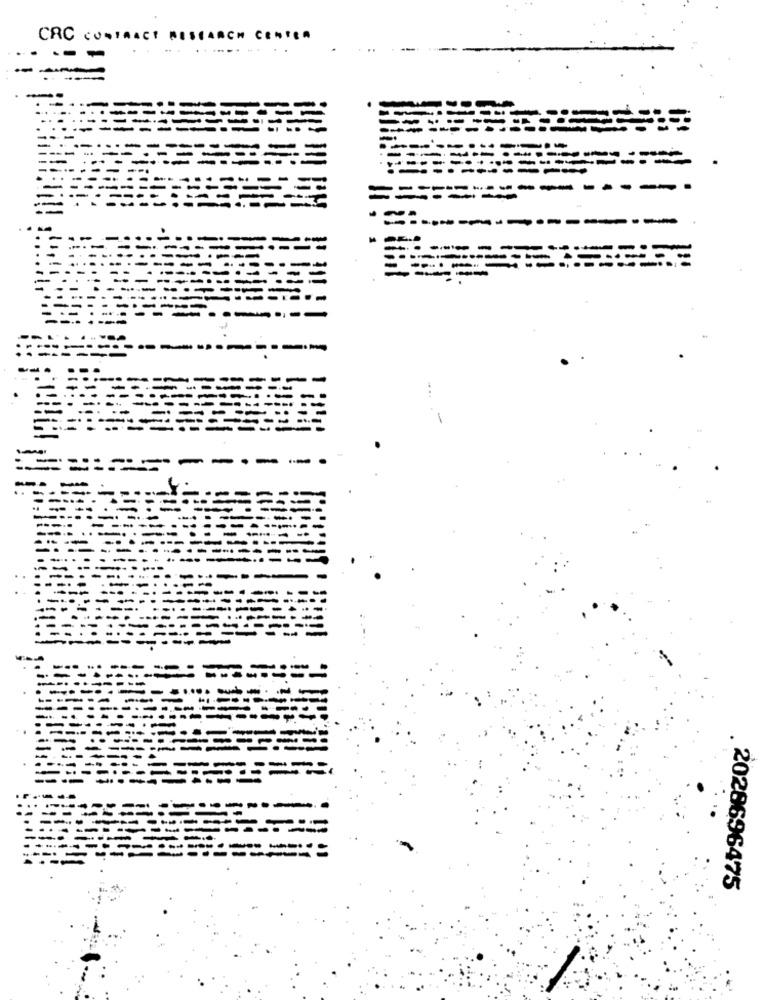
CRC CONTRACT RESEARCH CENTER
....... ..
--
=======----
C ...------------
-
-
--
--
2028696475